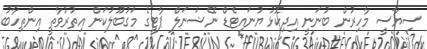
ސިޔާސީ މާހިރުން ބުނަނީ އިދިކޮޅު ޔުނައިޓެޑް ނޭޝަނަލް ޕާޓީގެ މަގުބޫލުކަން އިތުރުވާތީ އިންތިހާބު